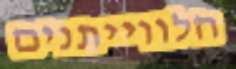
הלווייתנים